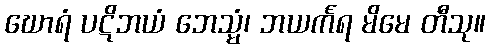
ဃောရံ ပဋိဘယံ ဘေသ္မံ၊ ဘယင်္ကရ မိမေ တီသု။